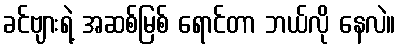
ခင်ဗျားရဲ့ အဆစ်မြစ် ရောင်တာ ဘယ်လို နေလဲ။